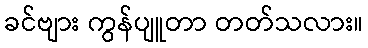
ခင်ဗျား ကွန်ပျူတာ တတ်သလား။